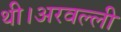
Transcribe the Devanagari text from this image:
थी।अरवल्ली